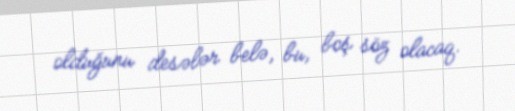
olduğunu desələr belə, bu, boş söz olacaq.